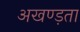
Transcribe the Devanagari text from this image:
अखण्ड़ता